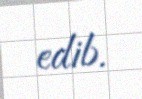
edib.